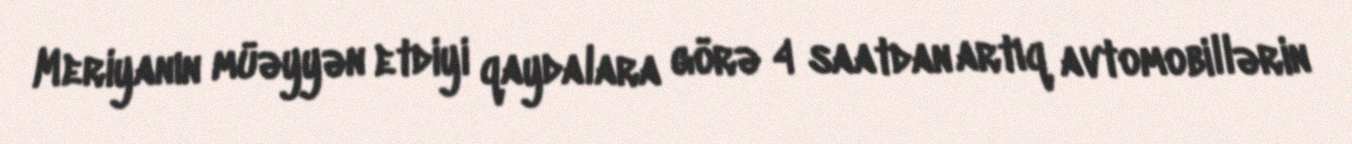
Meriyanın müəyyən etdiyi qaydalara görə 4 saatdan artıq avtomobillərin